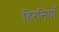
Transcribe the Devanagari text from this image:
हिरनियाँ